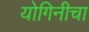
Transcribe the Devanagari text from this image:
योगिनीचा